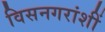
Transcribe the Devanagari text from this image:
विसनगरांशीं